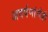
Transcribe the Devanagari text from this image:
अवर्षणांनीही